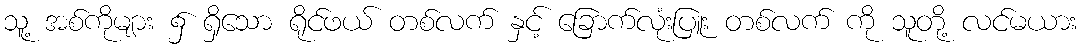
သူ့ အစ်ကိုများ ၌ ရှိသော ရိုင်ဖယ် တစ်လက် နှင့် ခြောက်လုံးပြူး တစ်လက် ကို သူတို့ လင်မယား